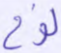
نوح